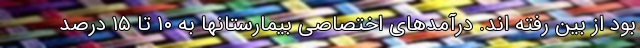
بود از بین رفته اند. درآمدهای اختصاصی بیمارستانها به ۱۰ تا ۱۵ درصد